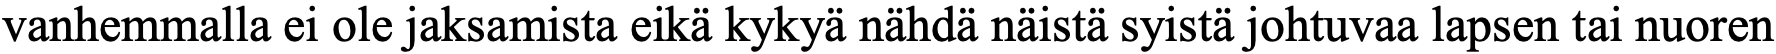
vanhemmalla ei ole jaksamista eikä kykyä nähdä näistä syistä johtuvaa lapsen tai nuoren